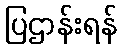
ပြဌာန်းရန်